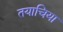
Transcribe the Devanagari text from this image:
तयाचिया